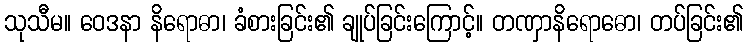
သုသီမ။ ဝေဒနာ နိရောဓာ၊ ခံစားခြင်း၏ ချုပ်ခြင်းကြောင့်။ တဏှာနိရောဓော၊ တပ်ခြင်း၏